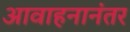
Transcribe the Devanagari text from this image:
आवाहनानंतर